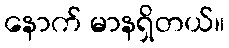
နောက် မာနရှိတယ်။